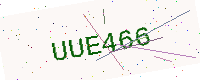
Text: UUE466